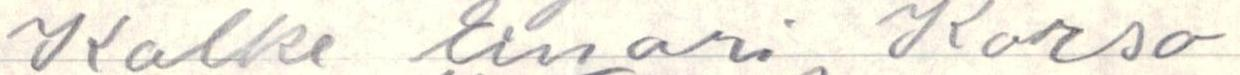
Kalke Einari Korso